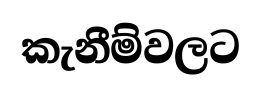
කැනීම්වලට